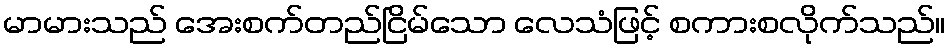
မာမားသည် အေးစက်တည်ငြိမ်သော လေသံဖြင့် စကားစလိုက်သည်။